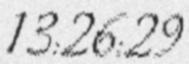
13:26:29